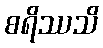
စရိဿသိ